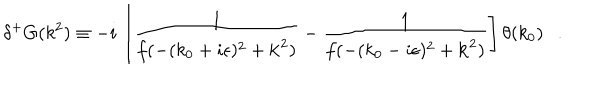
LaTeX: \delta ^ { + } G ( k ^ { 2 } ) \equiv - i \, \left[ \frac { 1 } { f ( - ( k _ { 0 } + i \epsilon ) ^ { 2 } + { \bf k } ^ { 2 } ) } - \frac { 1 } { f ( - ( k _ { 0 } - i \epsilon ) ^ { 2 } + { \bf k } ^ { 2 } ) } \right] \theta ( k _ { 0 } ) .